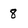
Character: 8